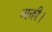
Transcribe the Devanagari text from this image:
व्यक्ती।